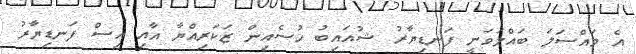
އެ މައްސަލަ ބައްލަވަނީ ފަނޑިޔާރު ޝުއައިބު ހުސެއިން ޒަކަރިއްޔާ އާއި އިސް ފަނޑިޔާރު